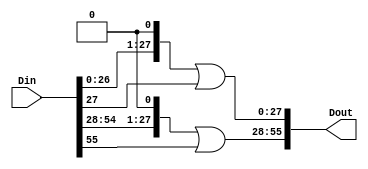
module shifts_s1(
    input [55:0] Din,
    output [55:0] Dout
    );
parameter shift_count = 1;
wire [27:0] L;
wire [27:0] R;
wire [55:0] Dtmp;
assign L = Din[55:28];
assign R = Din[27:0];
assign Dtmp = {(L << shift_count) | (L >> (28-shift_count)), (R << shift_count) | (R >> (28-shift_count))};
assign Dout = Dtmp;
endmodule